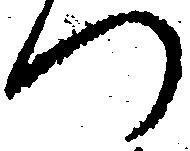
つ